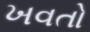
ખવતો